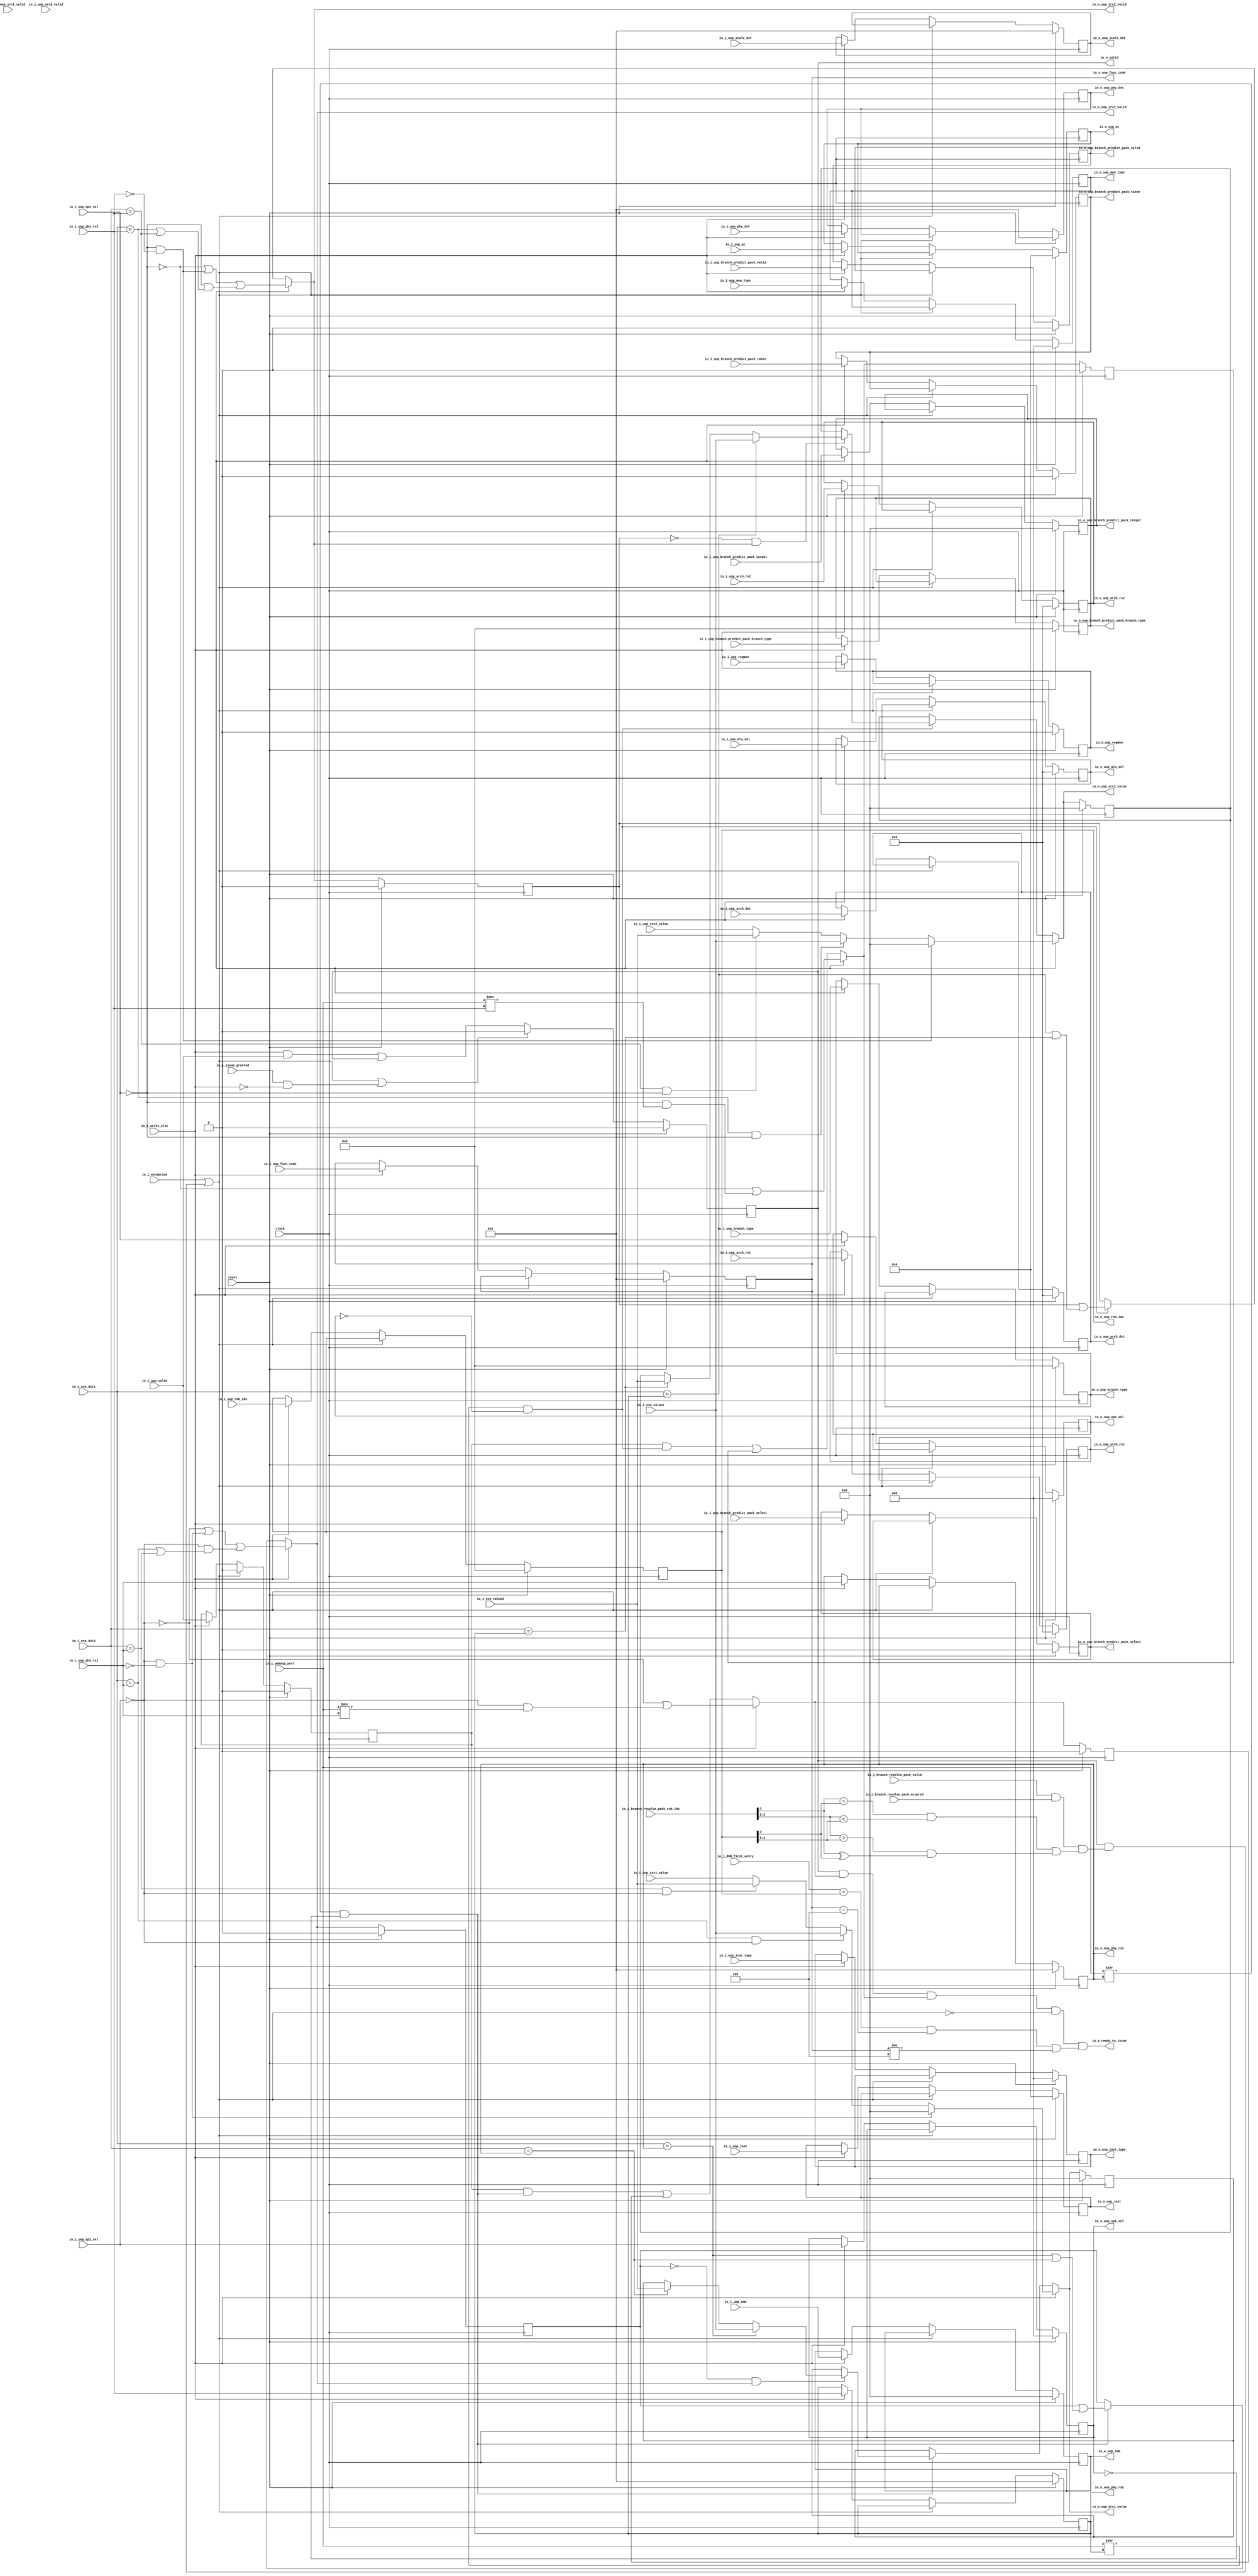
module Reservation_Station_Slot(
  input          clock,
  input          reset,
  output         io_o_valid,
  output         io_o_ready_to_issue,
  input          io_i_issue_granted,
  input          io_i_branch_resolve_pack_valid,
  input          io_i_branch_resolve_pack_mispred,
  input  [3:0]   io_i_branch_resolve_pack_rob_idx,
  input          io_i_exception,
  input          io_i_write_slot,
  input  [127:0] io_i_wakeup_port,
  input          io_i_uop_valid,
  input  [31:0]  io_i_uop_pc,
  input  [31:0]  io_i_uop_inst,
  input  [6:0]   io_i_uop_func_code,
  input          io_i_uop_branch_predict_pack_valid,
  input  [63:0]  io_i_uop_branch_predict_pack_target,
  input  [3:0]   io_i_uop_branch_predict_pack_branch_type,
  input          io_i_uop_branch_predict_pack_select,
  input          io_i_uop_branch_predict_pack_taken,
  input  [6:0]   io_i_uop_phy_dst,
  input  [6:0]   io_i_uop_stale_dst,
  input  [4:0]   io_i_uop_arch_dst,
  input  [2:0]   io_i_uop_inst_type,
  input          io_i_uop_regWen,
  input          io_i_uop_src1_valid,
  input  [6:0]   io_i_uop_phy_rs1,
  input  [4:0]   io_i_uop_arch_rs1,
  input          io_i_uop_src2_valid,
  input  [6:0]   io_i_uop_phy_rs2,
  input  [4:0]   io_i_uop_arch_rs2,
  input  [3:0]   io_i_uop_rob_idx,
  input  [63:0]  io_i_uop_imm,
  input  [63:0]  io_i_uop_src1_value,
  input  [63:0]  io_i_uop_src2_value,
  input  [2:0]   io_i_uop_op1_sel,
  input  [2:0]   io_i_uop_op2_sel,
  input  [4:0]   io_i_uop_alu_sel,
  input  [3:0]   io_i_uop_branch_type,
  input  [2:0]   io_i_uop_mem_type,
  output [31:0]  io_o_uop_pc,
  output [31:0]  io_o_uop_inst,
  output [6:0]   io_o_uop_func_code,
  output         io_o_uop_branch_predict_pack_valid,
  output [63:0]  io_o_uop_branch_predict_pack_target,
  output [3:0]   io_o_uop_branch_predict_pack_branch_type,
  output         io_o_uop_branch_predict_pack_select,
  output         io_o_uop_branch_predict_pack_taken,
  output [6:0]   io_o_uop_phy_dst,
  output [6:0]   io_o_uop_stale_dst,
  output [4:0]   io_o_uop_arch_dst,
  output [2:0]   io_o_uop_inst_type,
  output         io_o_uop_regWen,
  output         io_o_uop_src1_valid,
  output [6:0]   io_o_uop_phy_rs1,
  output [4:0]   io_o_uop_arch_rs1,
  output         io_o_uop_src2_valid,
  output [6:0]   io_o_uop_phy_rs2,
  output [4:0]   io_o_uop_arch_rs2,
  output [3:0]   io_o_uop_rob_idx,
  output [63:0]  io_o_uop_imm,
  output [63:0]  io_o_uop_src1_value,
  output [63:0]  io_o_uop_src2_value,
  output [2:0]   io_o_uop_op1_sel,
  output [2:0]   io_o_uop_op2_sel,
  output [4:0]   io_o_uop_alu_sel,
  output [3:0]   io_o_uop_branch_type,
  output [2:0]   io_o_uop_mem_type,
  input  [6:0]   io_i_exe_dst1,
  input  [6:0]   io_i_exe_dst2,
  input  [63:0]  io_i_exe_value1,
  input  [63:0]  io_i_exe_value2,
  input  [3:0]   io_i_ROB_first_entry
);
`ifdef RANDOMIZE_REG_INIT
  reg [31:0] _RAND_0;
  reg [31:0] _RAND_1;
  reg [31:0] _RAND_2;
  reg [31:0] _RAND_3;
  reg [31:0] _RAND_4;
  reg [63:0] _RAND_5;
  reg [31:0] _RAND_6;
  reg [31:0] _RAND_7;
  reg [31:0] _RAND_8;
  reg [31:0] _RAND_9;
  reg [31:0] _RAND_10;
  reg [31:0] _RAND_11;
  reg [31:0] _RAND_12;
  reg [31:0] _RAND_13;
  reg [31:0] _RAND_14;
  reg [31:0] _RAND_15;
  reg [31:0] _RAND_16;
  reg [31:0] _RAND_17;
  reg [31:0] _RAND_18;
  reg [31:0] _RAND_19;
  reg [31:0] _RAND_20;
  reg [63:0] _RAND_21;
  reg [63:0] _RAND_22;
  reg [63:0] _RAND_23;
  reg [31:0] _RAND_24;
  reg [31:0] _RAND_25;
  reg [31:0] _RAND_26;
  reg [31:0] _RAND_27;
  reg [31:0] _RAND_28;
  reg [31:0] _RAND_29;
  reg [31:0] _RAND_30;
  reg [31:0] _RAND_31;
`endif // RANDOMIZE_REG_INIT
  reg  uop_valid; // @[reservation_station_slot.scala 39:22]
  reg [31:0] uop_pc; // @[reservation_station_slot.scala 39:22]
  reg [31:0] uop_inst; // @[reservation_station_slot.scala 39:22]
  reg [6:0] uop_func_code; // @[reservation_station_slot.scala 39:22]
  reg  uop_branch_predict_pack_valid; // @[reservation_station_slot.scala 39:22]
  reg [63:0] uop_branch_predict_pack_target; // @[reservation_station_slot.scala 39:22]
  reg [3:0] uop_branch_predict_pack_branch_type; // @[reservation_station_slot.scala 39:22]
  reg  uop_branch_predict_pack_select; // @[reservation_station_slot.scala 39:22]
  reg  uop_branch_predict_pack_taken; // @[reservation_station_slot.scala 39:22]
  reg [6:0] uop_phy_dst; // @[reservation_station_slot.scala 39:22]
  reg [6:0] uop_stale_dst; // @[reservation_station_slot.scala 39:22]
  reg [4:0] uop_arch_dst; // @[reservation_station_slot.scala 39:22]
  reg [2:0] uop_inst_type; // @[reservation_station_slot.scala 39:22]
  reg  uop_regWen; // @[reservation_station_slot.scala 39:22]
  reg  uop_src1_valid; // @[reservation_station_slot.scala 39:22]
  reg [6:0] uop_phy_rs1; // @[reservation_station_slot.scala 39:22]
  reg [4:0] uop_arch_rs1; // @[reservation_station_slot.scala 39:22]
  reg  uop_src2_valid; // @[reservation_station_slot.scala 39:22]
  reg [6:0] uop_phy_rs2; // @[reservation_station_slot.scala 39:22]
  reg [4:0] uop_arch_rs2; // @[reservation_station_slot.scala 39:22]
  reg [3:0] uop_rob_idx; // @[reservation_station_slot.scala 39:22]
  reg [63:0] uop_imm; // @[reservation_station_slot.scala 39:22]
  reg [63:0] uop_src1_value; // @[reservation_station_slot.scala 39:22]
  reg [63:0] uop_src2_value; // @[reservation_station_slot.scala 39:22]
  reg [2:0] uop_op1_sel; // @[reservation_station_slot.scala 39:22]
  reg [2:0] uop_op2_sel; // @[reservation_station_slot.scala 39:22]
  reg [4:0] uop_alu_sel; // @[reservation_station_slot.scala 39:22]
  reg [3:0] uop_branch_type; // @[reservation_station_slot.scala 39:22]
  reg [2:0] uop_mem_type; // @[reservation_station_slot.scala 39:22]
  reg  valid; // @[reservation_station_slot.scala 42:24]
  wire  _flush_T_14 = io_i_branch_resolve_pack_rob_idx[2:0] > uop_rob_idx[2:0] & (io_i_branch_resolve_pack_rob_idx[3] ^
    uop_rob_idx[3]); // @[reservation_station_slot.scala 49:99]
  wire  _flush_T_15 = io_i_branch_resolve_pack_rob_idx[3] == uop_rob_idx[3] & io_i_branch_resolve_pack_rob_idx[2:0] <
    uop_rob_idx[2:0] | _flush_T_14; // @[reservation_station_slot.scala 48:184]
  wire  _flush_T_17 = valid & (io_i_branch_resolve_pack_valid & io_i_branch_resolve_pack_mispred & _flush_T_15); // @[reservation_station_slot.scala 47:20]
  wire  flush = io_i_exception | _flush_T_17; // @[reservation_station_slot.scala 46:29]
  reg  src1_ready; // @[reservation_station_slot.scala 50:29]
  reg  src2_ready; // @[reservation_station_slot.scala 53:29]
  wire  _T = io_i_uop_op1_sel == 3'h0; // @[reservation_station_slot.scala 81:14]
  wire [2:0] _GEN_77 = {{2'd0}, io_i_uop_op1_sel == 3'h0}; // @[reservation_station_slot.scala 81:31]
  wire  _T_4 = ~reset; // @[reservation_station_slot.scala 81:11]
  wire  _T_6 = io_i_uop_op2_sel == 3'h0; // @[reservation_station_slot.scala 82:14]
  wire [2:0] _GEN_78 = {{2'd0}, io_i_uop_op2_sel == 3'h0}; // @[reservation_station_slot.scala 82:31]
  wire  _next_src1_acquired_T_1 = ~_T; // @[reservation_station_slot.scala 85:30]
  wire  _next_src1_acquired_T_4 = _T & io_i_uop_phy_rs1 == 7'h0; // @[reservation_station_slot.scala 85:91]
  wire  _next_src1_acquired_T_7 = io_i_exe_dst1 == io_i_uop_phy_rs1; // @[reservation_station_slot.scala 85:171]
  wire  _next_src1_acquired_T_8 = io_i_exe_dst2 == io_i_uop_phy_rs1; // @[reservation_station_slot.scala 85:209]
  wire  _next_src1_value_T_5 = _next_src1_acquired_T_7 & _T; // @[reservation_station_slot.scala 87:49]
  wire  _next_src1_value_T_8 = _next_src1_acquired_T_8 & _T; // @[reservation_station_slot.scala 88:49]
  wire [63:0] _next_src1_value_T_9 = _next_src1_value_T_8 ? io_i_exe_value2 : io_i_uop_src1_value; // @[Mux.scala 101:16]
  wire [63:0] _next_src1_value_T_10 = _next_src1_value_T_5 ? io_i_exe_value1 : _next_src1_value_T_9; // @[Mux.scala 101:16]
  wire [63:0] _next_src1_value_T_11 = _next_src1_acquired_T_4 ? 64'h0 : _next_src1_value_T_10; // @[reservation_station_slot.scala 86:31]
  wire [127:0] _T_12 = io_i_wakeup_port >> uop_phy_rs1; // @[reservation_station_slot.scala 90:33]
  wire  _T_16 = _T_12[0] & uop_op1_sel == 3'h0; // @[reservation_station_slot.scala 90:53]
  wire  _next_src1_acquired_T_12 = io_i_exe_dst1 == uop_phy_rs1; // @[reservation_station_slot.scala 91:67]
  wire  _next_src1_acquired_T_13 = io_i_exe_dst2 == uop_phy_rs1; // @[reservation_station_slot.scala 91:99]
  wire  _GEN_62 = _T_12[0] & uop_op1_sel == 3'h0 ? uop_src1_valid | (io_i_exe_dst1 == uop_phy_rs1 | io_i_exe_dst2 ==
    uop_phy_rs1) : uop_src1_valid; // @[reservation_station_slot.scala 90:78 91:28 97:28]
  wire  next_src1_acquired = io_i_write_slot ? ~_T | _T & io_i_uop_phy_rs1 == 7'h0 | _T & (io_i_exe_dst1 ==
    io_i_uop_phy_rs1 | io_i_exe_dst2 == io_i_uop_phy_rs1) : _GEN_62; // @[reservation_station_slot.scala 84:26 85:27]
  wire [63:0] _next_src1_value_T_16 = _next_src1_acquired_T_13 ? io_i_exe_value2 : uop_src1_value; // @[Mux.scala 101:16]
  wire [63:0] _next_src1_value_T_17 = _next_src1_acquired_T_12 ? io_i_exe_value1 : _next_src1_value_T_16; // @[Mux.scala 101:16]
  wire [63:0] _next_src1_value_T_18 = ~uop_src1_valid & next_src1_acquired ? _next_src1_value_T_17 : uop_src1_value; // @[reservation_station_slot.scala 92:30]
  wire [63:0] _GEN_63 = _T_12[0] & uop_op1_sel == 3'h0 ? _next_src1_value_T_18 : uop_src1_value; // @[reservation_station_slot.scala 90:78 92:25 98:25]
  wire  _next_src2_acquired_T_1 = ~_T_6; // @[reservation_station_slot.scala 101:30]
  wire  _next_src2_acquired_T_4 = _T_6 & io_i_uop_phy_rs2 == 7'h0; // @[reservation_station_slot.scala 101:90]
  wire  _next_src2_acquired_T_7 = io_i_exe_dst1 == io_i_uop_phy_rs2; // @[reservation_station_slot.scala 101:171]
  wire  _next_src2_acquired_T_8 = io_i_exe_dst2 == io_i_uop_phy_rs2; // @[reservation_station_slot.scala 101:209]
  wire  _next_src2_value_T_5 = _next_src2_acquired_T_7 & _T_6; // @[reservation_station_slot.scala 103:49]
  wire  _next_src2_value_T_8 = _next_src2_acquired_T_8 & _T_6; // @[reservation_station_slot.scala 104:49]
  wire [63:0] _next_src2_value_T_9 = _next_src2_value_T_8 ? io_i_exe_value2 : io_i_uop_src2_value; // @[Mux.scala 101:16]
  wire [63:0] _next_src2_value_T_10 = _next_src2_value_T_5 ? io_i_exe_value1 : _next_src2_value_T_9; // @[Mux.scala 101:16]
  wire [63:0] _next_src2_value_T_11 = _next_src2_acquired_T_4 ? 64'h0 : _next_src2_value_T_10; // @[reservation_station_slot.scala 102:30]
  wire [127:0] _T_17 = io_i_wakeup_port >> uop_phy_rs2; // @[reservation_station_slot.scala 106:33]
  wire  _T_21 = _T_17[0] & uop_op2_sel == 3'h0; // @[reservation_station_slot.scala 106:53]
  wire  _next_src2_acquired_T_12 = io_i_exe_dst1 == uop_phy_rs2; // @[reservation_station_slot.scala 107:68]
  wire  _next_src2_acquired_T_13 = io_i_exe_dst2 == uop_phy_rs2; // @[reservation_station_slot.scala 107:100]
  wire  _GEN_66 = _T_17[0] & uop_op2_sel == 3'h0 ? uop_src2_valid | (io_i_exe_dst1 == uop_phy_rs2 | io_i_exe_dst2 ==
    uop_phy_rs2) : uop_src2_valid; // @[reservation_station_slot.scala 106:78 107:28 113:28]
  wire  next_src2_acquired = io_i_write_slot ? ~_T_6 | _T_6 & io_i_uop_phy_rs2 == 7'h0 | _T_6 & (io_i_exe_dst1 ==
    io_i_uop_phy_rs2 | io_i_exe_dst2 == io_i_uop_phy_rs2) : _GEN_66; // @[reservation_station_slot.scala 100:26 101:27]
  wire [63:0] _next_src2_value_T_16 = _next_src2_acquired_T_13 ? io_i_exe_value2 : uop_src2_value; // @[Mux.scala 101:16]
  wire [63:0] _next_src2_value_T_17 = _next_src2_acquired_T_12 ? io_i_exe_value1 : _next_src2_value_T_16; // @[Mux.scala 101:16]
  wire [63:0] _next_src2_value_T_18 = ~uop_src2_valid & next_src2_acquired ? _next_src2_value_T_17 : uop_src2_value; // @[reservation_station_slot.scala 108:30]
  wire [63:0] _GEN_67 = _T_17[0] & uop_op2_sel == 3'h0 ? _next_src2_value_T_18 : uop_src2_value; // @[reservation_station_slot.scala 106:78 108:25 114:25]
  wire [127:0] _next_src1_ready_T_3 = io_i_wakeup_port >> io_i_uop_phy_rs1; // @[reservation_station_slot.scala 118:108]
  wire  _GEN_70 = uop_valid & _T_16 | src1_ready; // @[reservation_station_slot.scala 119:91 120:24 122:24]
  wire  next_src1_ready = io_i_write_slot ? _next_src1_acquired_T_1 | _T & _next_src1_ready_T_3[0] : _GEN_70; // @[reservation_station_slot.scala 117:26 118:24]
  wire [127:0] _next_src2_ready_T_3 = io_i_wakeup_port >> io_i_uop_phy_rs2; // @[reservation_station_slot.scala 126:108]
  wire  _GEN_72 = uop_valid & _T_21 | src2_ready; // @[reservation_station_slot.scala 127:91 128:24 130:24]
  wire  next_src2_ready = io_i_write_slot ? _next_src2_acquired_T_1 | _T_6 & _next_src2_ready_T_3[0] : _GEN_72; // @[reservation_station_slot.scala 125:26 126:24]
  wire  _GEN_74 = io_i_write_slot & io_i_uop_valid | valid; // @[reservation_station_slot.scala 138:52 139:14 42:24]
  wire  ls_is_the_head_of_ROB = io_i_ROB_first_entry == uop_rob_idx & uop_func_code == 7'h4 | uop_func_code != 7'h4; // @[reservation_station_slot.scala 145:96]
  assign io_o_valid = valid; // @[reservation_station_slot.scala 43:16]
  assign io_o_ready_to_issue = valid & next_src1_ready & next_src2_ready & ~flush & ls_is_the_head_of_ROB; // @[reservation_station_slot.scala 147:100]
  assign io_o_uop_pc = uop_pc; // @[reservation_station_slot.scala 40:14]
  assign io_o_uop_inst = uop_inst; // @[reservation_station_slot.scala 40:14]
  assign io_o_uop_func_code = uop_func_code; // @[reservation_station_slot.scala 40:14]
  assign io_o_uop_branch_predict_pack_valid = uop_branch_predict_pack_valid; // @[reservation_station_slot.scala 40:14]
  assign io_o_uop_branch_predict_pack_target = uop_branch_predict_pack_target; // @[reservation_station_slot.scala 40:14]
  assign io_o_uop_branch_predict_pack_branch_type = uop_branch_predict_pack_branch_type; // @[reservation_station_slot.scala 40:14]
  assign io_o_uop_branch_predict_pack_select = uop_branch_predict_pack_select; // @[reservation_station_slot.scala 40:14]
  assign io_o_uop_branch_predict_pack_taken = uop_branch_predict_pack_taken; // @[reservation_station_slot.scala 40:14]
  assign io_o_uop_phy_dst = uop_phy_dst; // @[reservation_station_slot.scala 40:14]
  assign io_o_uop_stale_dst = uop_stale_dst; // @[reservation_station_slot.scala 40:14]
  assign io_o_uop_arch_dst = uop_arch_dst; // @[reservation_station_slot.scala 40:14]
  assign io_o_uop_inst_type = uop_inst_type; // @[reservation_station_slot.scala 40:14]
  assign io_o_uop_regWen = uop_regWen; // @[reservation_station_slot.scala 40:14]
  assign io_o_uop_src1_valid = io_i_write_slot ? ~_T | _T & io_i_uop_phy_rs1 == 7'h0 | _T & (io_i_exe_dst1 ==
    io_i_uop_phy_rs1 | io_i_exe_dst2 == io_i_uop_phy_rs1) : _GEN_62; // @[reservation_station_slot.scala 84:26 85:27]
  assign io_o_uop_phy_rs1 = uop_phy_rs1; // @[reservation_station_slot.scala 40:14]
  assign io_o_uop_arch_rs1 = uop_arch_rs1; // @[reservation_station_slot.scala 40:14]
  assign io_o_uop_src2_valid = io_i_write_slot ? ~_T_6 | _T_6 & io_i_uop_phy_rs2 == 7'h0 | _T_6 & (io_i_exe_dst1 ==
    io_i_uop_phy_rs2 | io_i_exe_dst2 == io_i_uop_phy_rs2) : _GEN_66; // @[reservation_station_slot.scala 100:26 101:27]
  assign io_o_uop_phy_rs2 = uop_phy_rs2; // @[reservation_station_slot.scala 40:14]
  assign io_o_uop_arch_rs2 = uop_arch_rs2; // @[reservation_station_slot.scala 40:14]
  assign io_o_uop_rob_idx = uop_rob_idx; // @[reservation_station_slot.scala 40:14]
  assign io_o_uop_imm = uop_imm; // @[reservation_station_slot.scala 40:14]
  assign io_o_uop_src1_value = io_i_write_slot ? _next_src1_value_T_11 : _GEN_63; // @[reservation_station_slot.scala 84:26 86:25]
  assign io_o_uop_src2_value = io_i_write_slot ? _next_src2_value_T_11 : _GEN_67; // @[reservation_station_slot.scala 100:26 102:25]
  assign io_o_uop_op1_sel = uop_op1_sel; // @[reservation_station_slot.scala 40:14]
  assign io_o_uop_op2_sel = uop_op2_sel; // @[reservation_station_slot.scala 40:14]
  assign io_o_uop_alu_sel = uop_alu_sel; // @[reservation_station_slot.scala 40:14]
  assign io_o_uop_branch_type = uop_branch_type; // @[reservation_station_slot.scala 40:14]
  assign io_o_uop_mem_type = uop_mem_type; // @[reservation_station_slot.scala 40:14]
  always @(posedge clock) begin
    if (reset) begin // @[reservation_station_slot.scala 39:22]
      uop_valid <= 1'h0; // @[reservation_station_slot.scala 39:22]
    end else if (flush) begin // @[reservation_station_slot.scala 59:16]
      uop_valid <= 1'h0; // @[reservation_station_slot.scala 60:18]
    end else if (io_i_write_slot) begin // @[reservation_station_slot.scala 61:32]
      uop_valid <= io_i_uop_valid; // @[reservation_station_slot.scala 62:12]
    end
    if (reset) begin // @[reservation_station_slot.scala 39:22]
      uop_pc <= 32'h0; // @[reservation_station_slot.scala 39:22]
    end else if (!(flush)) begin // @[reservation_station_slot.scala 59:16]
      if (io_i_write_slot) begin // @[reservation_station_slot.scala 61:32]
        uop_pc <= io_i_uop_pc; // @[reservation_station_slot.scala 62:12]
      end
    end
    if (reset) begin // @[reservation_station_slot.scala 39:22]
      uop_inst <= 32'h0; // @[reservation_station_slot.scala 39:22]
    end else if (!(flush)) begin // @[reservation_station_slot.scala 59:16]
      if (io_i_write_slot) begin // @[reservation_station_slot.scala 61:32]
        uop_inst <= io_i_uop_inst; // @[reservation_station_slot.scala 62:12]
      end
    end
    if (reset) begin // @[reservation_station_slot.scala 39:22]
      uop_func_code <= 7'h0; // @[reservation_station_slot.scala 39:22]
    end else if (!(flush)) begin // @[reservation_station_slot.scala 59:16]
      if (io_i_write_slot) begin // @[reservation_station_slot.scala 61:32]
        uop_func_code <= io_i_uop_func_code; // @[reservation_station_slot.scala 62:12]
      end
    end
    if (reset) begin // @[reservation_station_slot.scala 39:22]
      uop_branch_predict_pack_valid <= 1'h0; // @[reservation_station_slot.scala 39:22]
    end else if (!(flush)) begin // @[reservation_station_slot.scala 59:16]
      if (io_i_write_slot) begin // @[reservation_station_slot.scala 61:32]
        uop_branch_predict_pack_valid <= io_i_uop_branch_predict_pack_valid; // @[reservation_station_slot.scala 62:12]
      end
    end
    if (reset) begin // @[reservation_station_slot.scala 39:22]
      uop_branch_predict_pack_target <= 64'h0; // @[reservation_station_slot.scala 39:22]
    end else if (!(flush)) begin // @[reservation_station_slot.scala 59:16]
      if (io_i_write_slot) begin // @[reservation_station_slot.scala 61:32]
        uop_branch_predict_pack_target <= io_i_uop_branch_predict_pack_target; // @[reservation_station_slot.scala 62:12]
      end
    end
    if (reset) begin // @[reservation_station_slot.scala 39:22]
      uop_branch_predict_pack_branch_type <= 4'h0; // @[reservation_station_slot.scala 39:22]
    end else if (!(flush)) begin // @[reservation_station_slot.scala 59:16]
      if (io_i_write_slot) begin // @[reservation_station_slot.scala 61:32]
        uop_branch_predict_pack_branch_type <= io_i_uop_branch_predict_pack_branch_type; // @[reservation_station_slot.scala 62:12]
      end
    end
    if (reset) begin // @[reservation_station_slot.scala 39:22]
      uop_branch_predict_pack_select <= 1'h0; // @[reservation_station_slot.scala 39:22]
    end else if (!(flush)) begin // @[reservation_station_slot.scala 59:16]
      if (io_i_write_slot) begin // @[reservation_station_slot.scala 61:32]
        uop_branch_predict_pack_select <= io_i_uop_branch_predict_pack_select; // @[reservation_station_slot.scala 62:12]
      end
    end
    if (reset) begin // @[reservation_station_slot.scala 39:22]
      uop_branch_predict_pack_taken <= 1'h0; // @[reservation_station_slot.scala 39:22]
    end else if (!(flush)) begin // @[reservation_station_slot.scala 59:16]
      if (io_i_write_slot) begin // @[reservation_station_slot.scala 61:32]
        uop_branch_predict_pack_taken <= io_i_uop_branch_predict_pack_taken; // @[reservation_station_slot.scala 62:12]
      end
    end
    if (reset) begin // @[reservation_station_slot.scala 39:22]
      uop_phy_dst <= 7'h0; // @[reservation_station_slot.scala 39:22]
    end else if (!(flush)) begin // @[reservation_station_slot.scala 59:16]
      if (io_i_write_slot) begin // @[reservation_station_slot.scala 61:32]
        uop_phy_dst <= io_i_uop_phy_dst; // @[reservation_station_slot.scala 62:12]
      end
    end
    if (reset) begin // @[reservation_station_slot.scala 39:22]
      uop_stale_dst <= 7'h0; // @[reservation_station_slot.scala 39:22]
    end else if (!(flush)) begin // @[reservation_station_slot.scala 59:16]
      if (io_i_write_slot) begin // @[reservation_station_slot.scala 61:32]
        uop_stale_dst <= io_i_uop_stale_dst; // @[reservation_station_slot.scala 62:12]
      end
    end
    if (reset) begin // @[reservation_station_slot.scala 39:22]
      uop_arch_dst <= 5'h0; // @[reservation_station_slot.scala 39:22]
    end else if (!(flush)) begin // @[reservation_station_slot.scala 59:16]
      if (io_i_write_slot) begin // @[reservation_station_slot.scala 61:32]
        uop_arch_dst <= io_i_uop_arch_dst; // @[reservation_station_slot.scala 62:12]
      end
    end
    if (reset) begin // @[reservation_station_slot.scala 39:22]
      uop_inst_type <= 3'h0; // @[reservation_station_slot.scala 39:22]
    end else if (!(flush)) begin // @[reservation_station_slot.scala 59:16]
      if (io_i_write_slot) begin // @[reservation_station_slot.scala 61:32]
        uop_inst_type <= io_i_uop_inst_type; // @[reservation_station_slot.scala 62:12]
      end
    end
    if (reset) begin // @[reservation_station_slot.scala 39:22]
      uop_regWen <= 1'h0; // @[reservation_station_slot.scala 39:22]
    end else if (!(flush)) begin // @[reservation_station_slot.scala 59:16]
      if (io_i_write_slot) begin // @[reservation_station_slot.scala 61:32]
        uop_regWen <= io_i_uop_regWen; // @[reservation_station_slot.scala 62:12]
      end
    end
    if (reset) begin // @[reservation_station_slot.scala 39:22]
      uop_src1_valid <= 1'h0; // @[reservation_station_slot.scala 39:22]
    end else if (io_i_write_slot) begin // @[reservation_station_slot.scala 84:26]
      uop_src1_valid <= ~_T | _T & io_i_uop_phy_rs1 == 7'h0 | _T & (io_i_exe_dst1 == io_i_uop_phy_rs1 | io_i_exe_dst2
         == io_i_uop_phy_rs1); // @[reservation_station_slot.scala 85:27]
    end else if (_T_12[0] & uop_op1_sel == 3'h0) begin // @[reservation_station_slot.scala 90:78]
      uop_src1_valid <= uop_src1_valid | (io_i_exe_dst1 == uop_phy_rs1 | io_i_exe_dst2 == uop_phy_rs1); // @[reservation_station_slot.scala 91:28]
    end
    if (reset) begin // @[reservation_station_slot.scala 39:22]
      uop_phy_rs1 <= 7'h0; // @[reservation_station_slot.scala 39:22]
    end else if (!(flush)) begin // @[reservation_station_slot.scala 59:16]
      if (io_i_write_slot) begin // @[reservation_station_slot.scala 61:32]
        uop_phy_rs1 <= io_i_uop_phy_rs1; // @[reservation_station_slot.scala 62:12]
      end
    end
    if (reset) begin // @[reservation_station_slot.scala 39:22]
      uop_arch_rs1 <= 5'h0; // @[reservation_station_slot.scala 39:22]
    end else if (!(flush)) begin // @[reservation_station_slot.scala 59:16]
      if (io_i_write_slot) begin // @[reservation_station_slot.scala 61:32]
        uop_arch_rs1 <= io_i_uop_arch_rs1; // @[reservation_station_slot.scala 62:12]
      end
    end
    if (reset) begin // @[reservation_station_slot.scala 39:22]
      uop_src2_valid <= 1'h0; // @[reservation_station_slot.scala 39:22]
    end else if (io_i_write_slot) begin // @[reservation_station_slot.scala 100:26]
      uop_src2_valid <= ~_T_6 | _T_6 & io_i_uop_phy_rs2 == 7'h0 | _T_6 & (io_i_exe_dst1 == io_i_uop_phy_rs2 |
        io_i_exe_dst2 == io_i_uop_phy_rs2); // @[reservation_station_slot.scala 101:27]
    end else if (_T_17[0] & uop_op2_sel == 3'h0) begin // @[reservation_station_slot.scala 106:78]
      uop_src2_valid <= uop_src2_valid | (io_i_exe_dst1 == uop_phy_rs2 | io_i_exe_dst2 == uop_phy_rs2); // @[reservation_station_slot.scala 107:28]
    end
    if (reset) begin // @[reservation_station_slot.scala 39:22]
      uop_phy_rs2 <= 7'h0; // @[reservation_station_slot.scala 39:22]
    end else if (!(flush)) begin // @[reservation_station_slot.scala 59:16]
      if (io_i_write_slot) begin // @[reservation_station_slot.scala 61:32]
        uop_phy_rs2 <= io_i_uop_phy_rs2; // @[reservation_station_slot.scala 62:12]
      end
    end
    if (reset) begin // @[reservation_station_slot.scala 39:22]
      uop_arch_rs2 <= 5'h0; // @[reservation_station_slot.scala 39:22]
    end else if (!(flush)) begin // @[reservation_station_slot.scala 59:16]
      if (io_i_write_slot) begin // @[reservation_station_slot.scala 61:32]
        uop_arch_rs2 <= io_i_uop_arch_rs2; // @[reservation_station_slot.scala 62:12]
      end
    end
    if (reset) begin // @[reservation_station_slot.scala 39:22]
      uop_rob_idx <= 4'h0; // @[reservation_station_slot.scala 39:22]
    end else if (!(flush)) begin // @[reservation_station_slot.scala 59:16]
      if (io_i_write_slot) begin // @[reservation_station_slot.scala 61:32]
        uop_rob_idx <= io_i_uop_rob_idx; // @[reservation_station_slot.scala 62:12]
      end
    end
    if (reset) begin // @[reservation_station_slot.scala 39:22]
      uop_imm <= 64'h0; // @[reservation_station_slot.scala 39:22]
    end else if (!(flush)) begin // @[reservation_station_slot.scala 59:16]
      if (io_i_write_slot) begin // @[reservation_station_slot.scala 61:32]
        uop_imm <= io_i_uop_imm; // @[reservation_station_slot.scala 62:12]
      end
    end
    if (reset) begin // @[reservation_station_slot.scala 39:22]
      uop_src1_value <= 64'h0; // @[reservation_station_slot.scala 39:22]
    end else if (io_i_write_slot) begin // @[reservation_station_slot.scala 84:26]
      if (_next_src1_acquired_T_4) begin // @[reservation_station_slot.scala 86:31]
        uop_src1_value <= 64'h0;
      end else if (_next_src1_value_T_5) begin // @[Mux.scala 101:16]
        uop_src1_value <= io_i_exe_value1;
      end else begin
        uop_src1_value <= _next_src1_value_T_9;
      end
    end else if (_T_12[0] & uop_op1_sel == 3'h0) begin // @[reservation_station_slot.scala 90:78]
      if (~uop_src1_valid & next_src1_acquired) begin // @[reservation_station_slot.scala 92:30]
        uop_src1_value <= _next_src1_value_T_17;
      end
    end
    if (reset) begin // @[reservation_station_slot.scala 39:22]
      uop_src2_value <= 64'h0; // @[reservation_station_slot.scala 39:22]
    end else if (io_i_write_slot) begin // @[reservation_station_slot.scala 100:26]
      if (_next_src2_acquired_T_4) begin // @[reservation_station_slot.scala 102:30]
        uop_src2_value <= 64'h0;
      end else if (_next_src2_value_T_5) begin // @[Mux.scala 101:16]
        uop_src2_value <= io_i_exe_value1;
      end else begin
        uop_src2_value <= _next_src2_value_T_9;
      end
    end else if (_T_17[0] & uop_op2_sel == 3'h0) begin // @[reservation_station_slot.scala 106:78]
      if (~uop_src2_valid & next_src2_acquired) begin // @[reservation_station_slot.scala 108:30]
        uop_src2_value <= _next_src2_value_T_17;
      end
    end
    if (reset) begin // @[reservation_station_slot.scala 39:22]
      uop_op1_sel <= 3'h0; // @[reservation_station_slot.scala 39:22]
    end else if (!(flush)) begin // @[reservation_station_slot.scala 59:16]
      if (io_i_write_slot) begin // @[reservation_station_slot.scala 61:32]
        uop_op1_sel <= io_i_uop_op1_sel; // @[reservation_station_slot.scala 62:12]
      end
    end
    if (reset) begin // @[reservation_station_slot.scala 39:22]
      uop_op2_sel <= 3'h0; // @[reservation_station_slot.scala 39:22]
    end else if (!(flush)) begin // @[reservation_station_slot.scala 59:16]
      if (io_i_write_slot) begin // @[reservation_station_slot.scala 61:32]
        uop_op2_sel <= io_i_uop_op2_sel; // @[reservation_station_slot.scala 62:12]
      end
    end
    if (reset) begin // @[reservation_station_slot.scala 39:22]
      uop_alu_sel <= 5'h0; // @[reservation_station_slot.scala 39:22]
    end else if (!(flush)) begin // @[reservation_station_slot.scala 59:16]
      if (io_i_write_slot) begin // @[reservation_station_slot.scala 61:32]
        uop_alu_sel <= io_i_uop_alu_sel; // @[reservation_station_slot.scala 62:12]
      end
    end
    if (reset) begin // @[reservation_station_slot.scala 39:22]
      uop_branch_type <= 4'h0; // @[reservation_station_slot.scala 39:22]
    end else if (!(flush)) begin // @[reservation_station_slot.scala 59:16]
      if (io_i_write_slot) begin // @[reservation_station_slot.scala 61:32]
        uop_branch_type <= io_i_uop_branch_type; // @[reservation_station_slot.scala 62:12]
      end
    end
    if (reset) begin // @[reservation_station_slot.scala 39:22]
      uop_mem_type <= 3'h0; // @[reservation_station_slot.scala 39:22]
    end else if (!(flush)) begin // @[reservation_station_slot.scala 59:16]
      if (io_i_write_slot) begin // @[reservation_station_slot.scala 61:32]
        uop_mem_type <= io_i_uop_mem_type; // @[reservation_station_slot.scala 62:12]
      end
    end
    if (reset) begin // @[reservation_station_slot.scala 42:24]
      valid <= 1'h0; // @[reservation_station_slot.scala 42:24]
    end else if (flush | io_i_issue_granted & ~io_i_write_slot) begin // @[reservation_station_slot.scala 136:60]
      valid <= 1'h0; // @[reservation_station_slot.scala 137:14]
    end else begin
      valid <= _GEN_74;
    end
    if (reset) begin // @[reservation_station_slot.scala 50:29]
      src1_ready <= 1'h0; // @[reservation_station_slot.scala 50:29]
    end else if (io_i_write_slot) begin // @[reservation_station_slot.scala 117:26]
      src1_ready <= _next_src1_acquired_T_1 | _T & _next_src1_ready_T_3[0]; // @[reservation_station_slot.scala 118:24]
    end else begin
      src1_ready <= _GEN_70;
    end
    if (reset) begin // @[reservation_station_slot.scala 53:29]
      src2_ready <= 1'h0; // @[reservation_station_slot.scala 53:29]
    end else if (io_i_write_slot) begin // @[reservation_station_slot.scala 125:26]
      src2_ready <= _next_src2_acquired_T_1 | _T_6 & _next_src2_ready_T_3[0]; // @[reservation_station_slot.scala 126:24]
    end else begin
      src2_ready <= _GEN_72;
    end
    `ifndef SYNTHESIS
    `ifdef PRINTF_COND
      if (`PRINTF_COND) begin
    `endif
        if (~reset & ~(_GEN_77 == 3'h0 == io_i_uop_src1_valid)) begin
          $fwrite(32'h80000002,
            "Assertion failed: src valid wrong\n    at reservation_station_slot.scala:81 assert(((!io.i_uop.op1_sel===SRC_RS)===io.i_uop.src1_valid),\"src valid wrong\")\n"
            ); // @[reservation_station_slot.scala 81:11]
        end
    `ifdef PRINTF_COND
      end
    `endif
    `endif // SYNTHESIS
    `ifndef SYNTHESIS
    `ifdef STOP_COND
      if (`STOP_COND) begin
    `endif
        if (~reset & ~(_GEN_77 == 3'h0 == io_i_uop_src1_valid)) begin
          $fatal; // @[reservation_station_slot.scala 81:11]
        end
    `ifdef STOP_COND
      end
    `endif
    `endif // SYNTHESIS
    `ifndef SYNTHESIS
    `ifdef PRINTF_COND
      if (`PRINTF_COND) begin
    `endif
        if (_T_4 & ~(_GEN_78 == 3'h0 == io_i_uop_src2_valid)) begin
          $fwrite(32'h80000002,
            "Assertion failed: src valid wrong\n    at reservation_station_slot.scala:82 assert(((!io.i_uop.op2_sel===SRC_RS)===io.i_uop.src2_valid),\"src valid wrong\")\n"
            ); // @[reservation_station_slot.scala 82:11]
        end
    `ifdef PRINTF_COND
      end
    `endif
    `endif // SYNTHESIS
    `ifndef SYNTHESIS
    `ifdef STOP_COND
      if (`STOP_COND) begin
    `endif
        if (_T_4 & ~(_GEN_78 == 3'h0 == io_i_uop_src2_valid)) begin
          $fatal; // @[reservation_station_slot.scala 82:11]
        end
    `ifdef STOP_COND
      end
    `endif
    `endif // SYNTHESIS
  end
// Register and memory initialization
`ifdef RANDOMIZE_GARBAGE_ASSIGN
`define RANDOMIZE
`endif
`ifdef RANDOMIZE_INVALID_ASSIGN
`define RANDOMIZE
`endif
`ifdef RANDOMIZE_REG_INIT
`define RANDOMIZE
`endif
`ifdef RANDOMIZE_MEM_INIT
`define RANDOMIZE
`endif
`ifndef RANDOM
`define RANDOM $random
`endif
`ifdef RANDOMIZE_MEM_INIT
  integer initvar;
`endif
`ifndef SYNTHESIS
`ifdef FIRRTL_BEFORE_INITIAL
`FIRRTL_BEFORE_INITIAL
`endif
initial begin
  `ifdef RANDOMIZE
    `ifdef INIT_RANDOM
      `INIT_RANDOM
    `endif
    `ifndef VERILATOR
      `ifdef RANDOMIZE_DELAY
        #`RANDOMIZE_DELAY begin end
      `else
        #0.002 begin end
      `endif
    `endif
`ifdef RANDOMIZE_REG_INIT
  _RAND_0 = {1{`RANDOM}};
  uop_valid = _RAND_0[0:0];
  _RAND_1 = {1{`RANDOM}};
  uop_pc = _RAND_1[31:0];
  _RAND_2 = {1{`RANDOM}};
  uop_inst = _RAND_2[31:0];
  _RAND_3 = {1{`RANDOM}};
  uop_func_code = _RAND_3[6:0];
  _RAND_4 = {1{`RANDOM}};
  uop_branch_predict_pack_valid = _RAND_4[0:0];
  _RAND_5 = {2{`RANDOM}};
  uop_branch_predict_pack_target = _RAND_5[63:0];
  _RAND_6 = {1{`RANDOM}};
  uop_branch_predict_pack_branch_type = _RAND_6[3:0];
  _RAND_7 = {1{`RANDOM}};
  uop_branch_predict_pack_select = _RAND_7[0:0];
  _RAND_8 = {1{`RANDOM}};
  uop_branch_predict_pack_taken = _RAND_8[0:0];
  _RAND_9 = {1{`RANDOM}};
  uop_phy_dst = _RAND_9[6:0];
  _RAND_10 = {1{`RANDOM}};
  uop_stale_dst = _RAND_10[6:0];
  _RAND_11 = {1{`RANDOM}};
  uop_arch_dst = _RAND_11[4:0];
  _RAND_12 = {1{`RANDOM}};
  uop_inst_type = _RAND_12[2:0];
  _RAND_13 = {1{`RANDOM}};
  uop_regWen = _RAND_13[0:0];
  _RAND_14 = {1{`RANDOM}};
  uop_src1_valid = _RAND_14[0:0];
  _RAND_15 = {1{`RANDOM}};
  uop_phy_rs1 = _RAND_15[6:0];
  _RAND_16 = {1{`RANDOM}};
  uop_arch_rs1 = _RAND_16[4:0];
  _RAND_17 = {1{`RANDOM}};
  uop_src2_valid = _RAND_17[0:0];
  _RAND_18 = {1{`RANDOM}};
  uop_phy_rs2 = _RAND_18[6:0];
  _RAND_19 = {1{`RANDOM}};
  uop_arch_rs2 = _RAND_19[4:0];
  _RAND_20 = {1{`RANDOM}};
  uop_rob_idx = _RAND_20[3:0];
  _RAND_21 = {2{`RANDOM}};
  uop_imm = _RAND_21[63:0];
  _RAND_22 = {2{`RANDOM}};
  uop_src1_value = _RAND_22[63:0];
  _RAND_23 = {2{`RANDOM}};
  uop_src2_value = _RAND_23[63:0];
  _RAND_24 = {1{`RANDOM}};
  uop_op1_sel = _RAND_24[2:0];
  _RAND_25 = {1{`RANDOM}};
  uop_op2_sel = _RAND_25[2:0];
  _RAND_26 = {1{`RANDOM}};
  uop_alu_sel = _RAND_26[4:0];
  _RAND_27 = {1{`RANDOM}};
  uop_branch_type = _RAND_27[3:0];
  _RAND_28 = {1{`RANDOM}};
  uop_mem_type = _RAND_28[2:0];
  _RAND_29 = {1{`RANDOM}};
  valid = _RAND_29[0:0];
  _RAND_30 = {1{`RANDOM}};
  src1_ready = _RAND_30[0:0];
  _RAND_31 = {1{`RANDOM}};
  src2_ready = _RAND_31[0:0];
`endif // RANDOMIZE_REG_INIT
  `endif // RANDOMIZE
end // initial
`ifdef FIRRTL_AFTER_INITIAL
`FIRRTL_AFTER_INITIAL
`endif
`endif // SYNTHESIS
endmodule